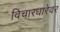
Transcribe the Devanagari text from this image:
विचारधारेवर